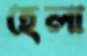
হেলা